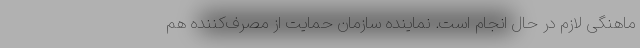
ماهنگی لازم در حال انجام است. نماینده سازمان حمایت از مصرف‌کننده هم